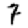
Digit: 7